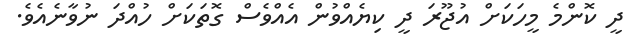
ދީ ކޮންމެ މީހަކަށް އުޖޫރަ ދީ ކިޔެއްވުން އެއްވެސް ގޮތަކަށް ހުއްދަ ނުވާނެއެވެ.